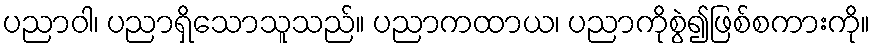
ပညာဝါ၊ ပညာရှိသောသူသည်။ ပညာကထာယ၊ ပညာကိုစွဲ၍ဖြစ်စကားကို။